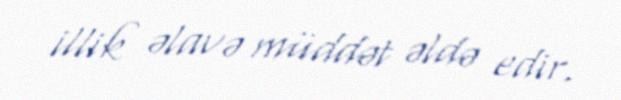
illik əlavə müddət əldə edir.